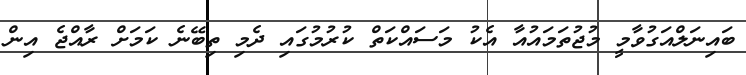
ބައިނަލްއަގުވާމީ މުޖުތަމައުއާ އެކު މަސައްކަތް ކުރުމުގައި ދެމި ތިބޭނެ ކަމަށް ރާއްޖެ އިން